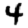
Digit: 4